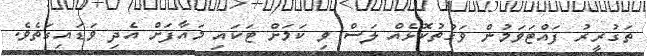
ތަގުރީރު ފައްޓަވަމުން ވަގުތުކޮޅެއް ލަސް ވި ކަމަށް ޓަކައި މައާފަށް އެދި ވަޑައިގަތެވެ.